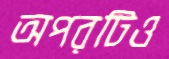
অপরটিও